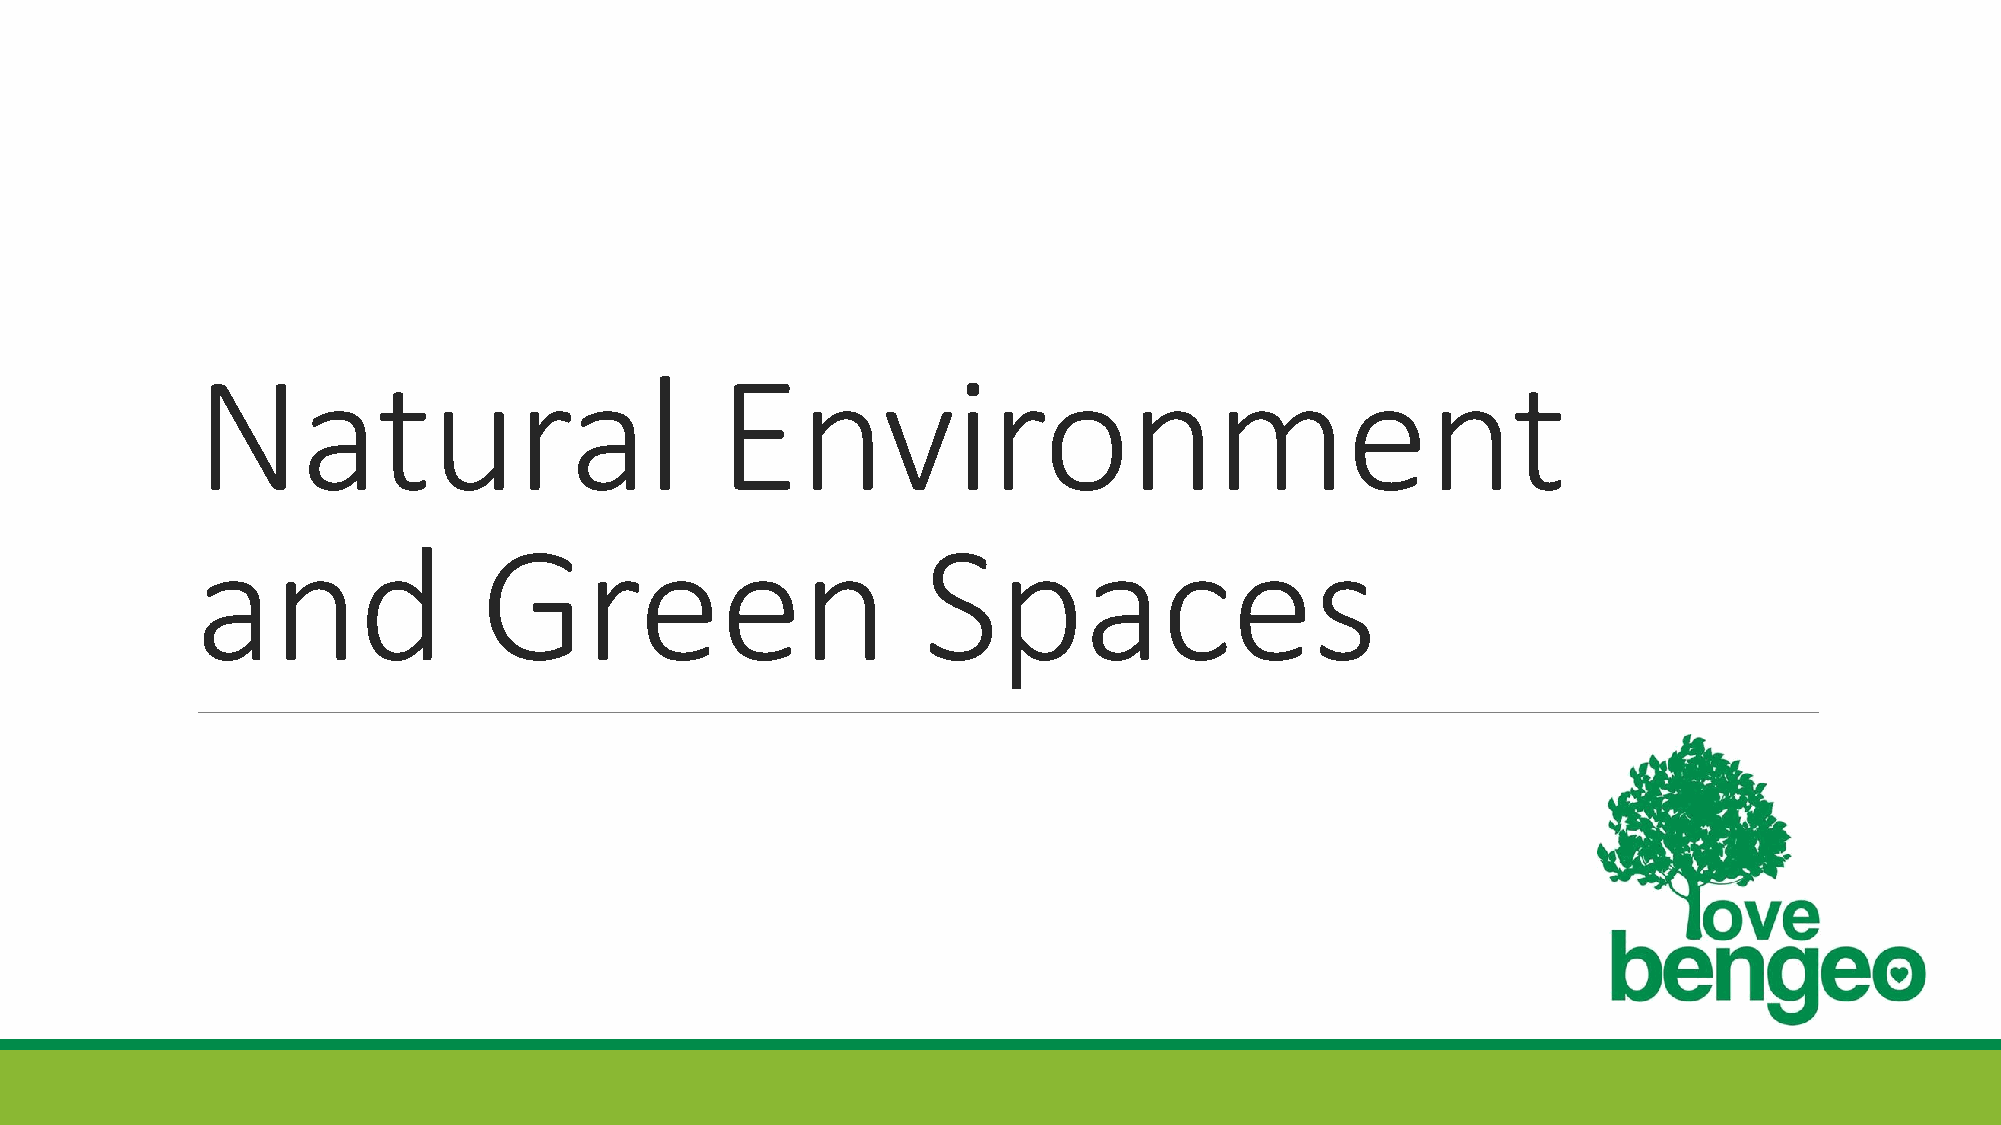
Natural                            Environment
 and                Green                        Spaces